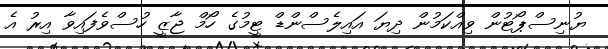
ޔުނިސްޕޯޓުން ވިއްކަމުން ދިޔަ އައިލެސްންޑް ޓީމުގެ ހޯމް ޖާޒީ ހުސްވެފައިވާ އިރު އެ